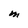
Character: M